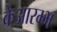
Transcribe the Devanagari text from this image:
केआरम्भ